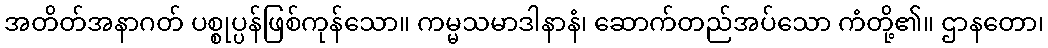
အတိတ်အနာဂတ် ပစ္စုပ္ပန်ဖြစ်ကုန်သော။ ကမ္မသမာဒါနာနံ၊ ဆောက်တည်အပ်သော ကံတို့၏။ ဌာနတော၊